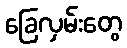
ခြေလှမ်းတွေ